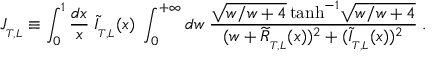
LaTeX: J _ { _ { T , L } } \equiv \int _ { 0 } ^ { 1 } { \frac { d x } { x } } \; \widetilde { I } _ { _ { T , L } } ( x ) \; \int _ { 0 } ^ { + \infty } d w \; { \frac { \sqrt { w / { w + 4 } } \, \mathrm { t a n h } ^ { - 1 } \sqrt { w / { w + 4 } } } { ( w + \widetilde { R } _ { _ { T , L } } ( x ) ) ^ { 2 } + ( \widetilde { I } _ { _ { T , L } } ( x ) ) ^ { 2 } } } \; .